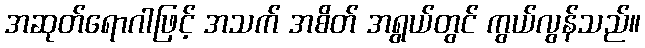
အဆုတ်ရောဂါဖြင့် အသက် အစိတ် အရွယ်တွင် ကွယ်လွန်သည်။